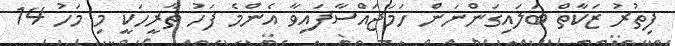
ފިތުރު ޒަކާތް ބަލައިގަންނަން ހަމަޖައްސާފައިވާ އެންމެ ފަހު ތާރީހަކީ މި މަހު 14